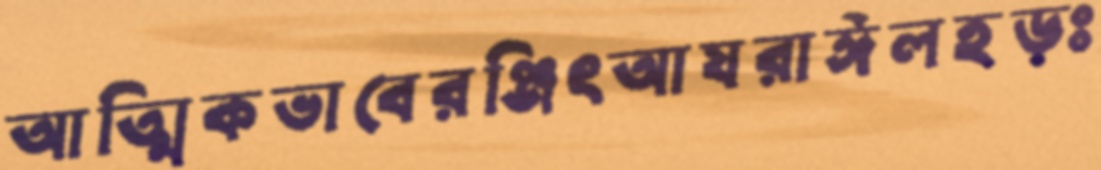
আত্মিকভাবেরঞ্জিৎআযরাঈলহড়ঃ